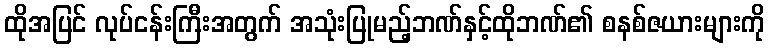
ထိုအပြင် လုပ်ငန်းကြီးအတွက် အသုံးပြုမည့်ဘဏ်နှင့်ထိုဘဏ်၏ စနစ်ဇယားများကို